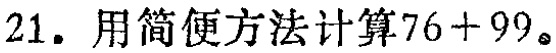
21. 用简便方法计算\(76 + 99\)。